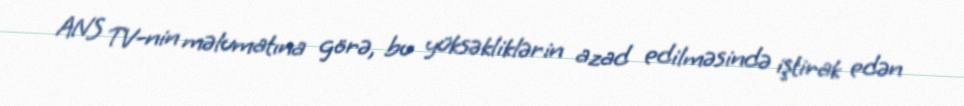
ANS TV-nin məlumatına görə, bu yüksəkliklərin azad edilməsində iştirak edən